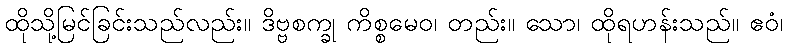
ထိုသို့မြင်ခြင်းသည်လည်း။ ဒိဗ္ဗစက္ခု ကိစ္စမေဝ၊ တည်း။ သော၊ ထိုရဟန်းသည်။ ဧဝံ၊